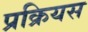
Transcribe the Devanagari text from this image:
प्रक्रियस